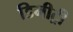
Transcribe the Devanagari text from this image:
डिमीट्री